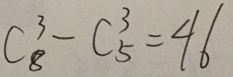
c _ { 8 } ^ { 3 } - c _ { 5 } ^ { 3 } = 4 6